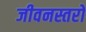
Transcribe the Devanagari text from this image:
जीवनस्तरों